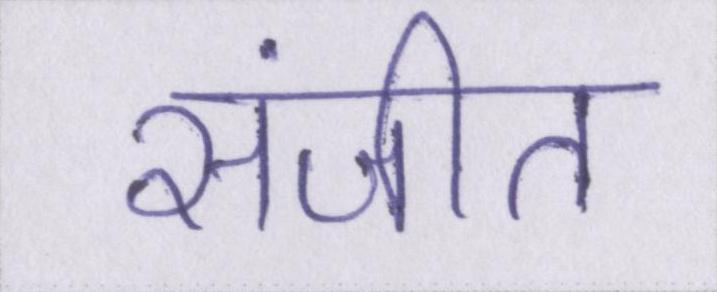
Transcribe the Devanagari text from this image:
संजीत